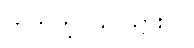
ဟုတ်ကဲ့၊ ယူ သွားပါ။